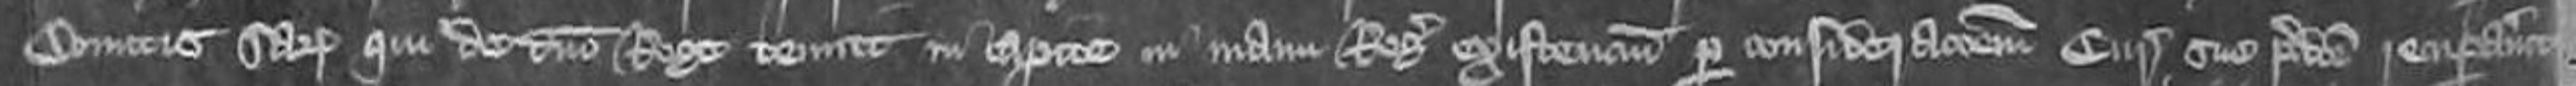
Comitis Sarum qui de domino rege tenuit in capite in manu Regis existencium per considerationem curie sue predicte recuperavitur